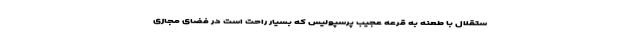
ستقلال با طعنه به قرعه عجیب پرسپولیس که بسیار راحت است در فضای مجازی